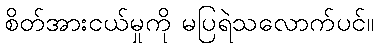
စိတ်အားငယ်မှုကို မပြရဲသလောက်ပင်။